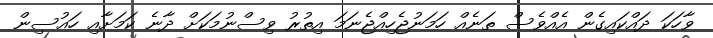
ވާހަކަ ދައްކައިގެން އެއްވެސް ތަނެއް ހަމަނުޖެހިއްޖެނަމަ އިތުރު ވިސްނުމަކަށް ދާނެ ކަމަށާއި ހައުސިން